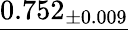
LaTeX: \underline{{0.752_{\pm 0.009}}}